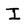
Character: I